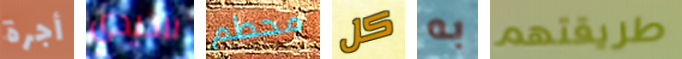
أجرة سيدي محطم كل به طريقتهم